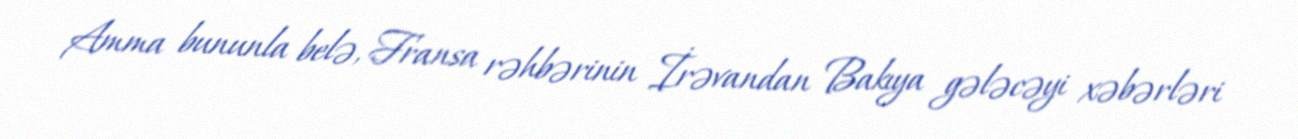
Amma bununla belə, Fransa rəhbərinin İrəvandan Bakıya gələcəyi xəbərləri